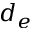
d _ { e }